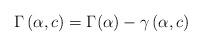
LaTeX: \begin{align*}\Gamma\left(\alpha,c\right)=\Gamma(\alpha)-\gamma\left(\alpha,c\right)\end{align*}